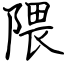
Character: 隈